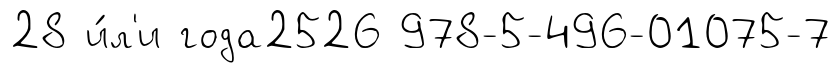
28 и́л'и года2526 978-5-496-01075-7